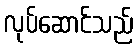
လုပ်ဆောင်သည်